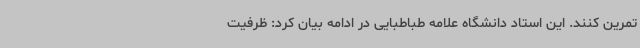
تمرین کنند. این استاد دانشگاه علامه طباطبایی در ادامه بیان کرد: ظرفیت